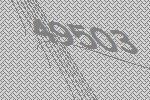
49503